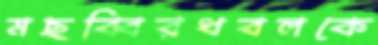
মছব্বিরধবলকে